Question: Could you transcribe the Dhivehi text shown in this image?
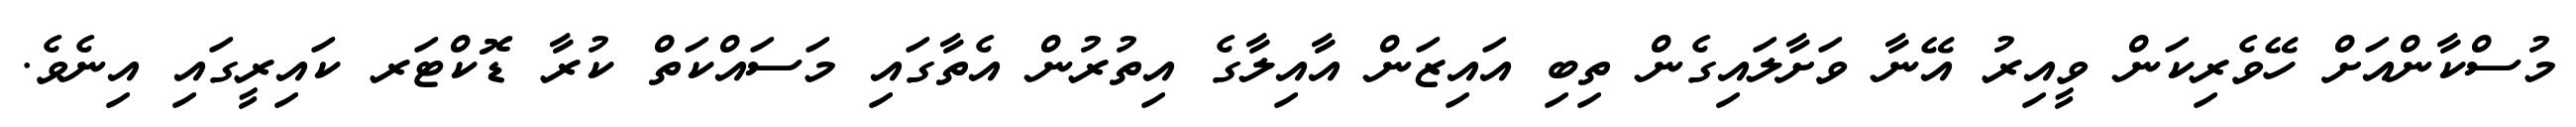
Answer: މުސްކާންއަށް ހޭވެރިކަން ވީއިރު އޭނާ ވަށާލައިގެން ތިބި އައިޒަން އާއިލާގެ އިތުރުން އެތާގައި މަސައްކަތް ކުރާ ޑޮކްޓަރ ކައިރީގައި އިނެވެ.